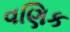
વણિક